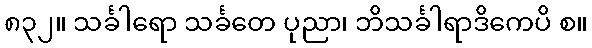
၈၃၂။ သင်္ခါရော သင်္ခတေ ပုညာ၊ ဘိသင်္ခါရာဒိကေပိ စ။